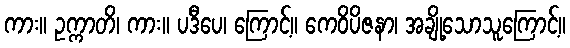
ကား။ ဥက္ကာတိ၊ ကား။ ပဒီပေ၊ ကြောင့်။ ကေဝိပိဇနာ၊ အချို့သောသူကြောင့်။